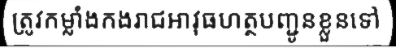
ត្រូវកម្លាំងកងរាជអាវុធហត្ថបញ្ជូនខ្លួនទៅ